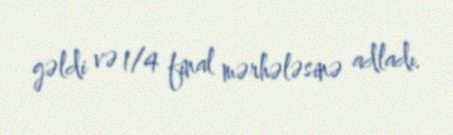
gəldi və 1/4 final mərhələsinə adladı.